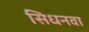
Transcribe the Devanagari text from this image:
सिधनवा